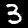
Label: 3